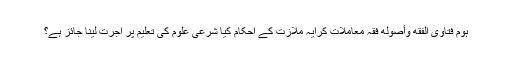
ہوم فتاویٰ الفقه وأصوله فقہ معاملات کرایہ ملازت کے احکام کیا شرعی علوم کی تعلیم پر اجرت لینا جائز ہے؟